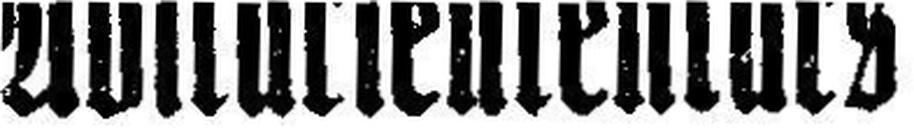
Abiturientenkurs